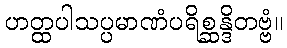
ဟတ္ထပါသပ္ပမာဏံပရိစ္ဆန္ဒိတဗ္ဗံ။